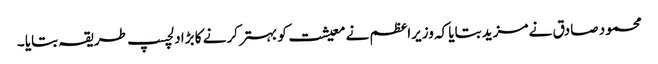
محمود صادق نے مزید بتایا کہ وزیراعظم نے معیشت کو بہتر کرنے کا بڑا دلچسپ طریقہ بتایا ۔